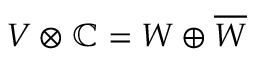
V \otimes \mathbb { C } = W \oplus { \overline { { W } } }